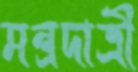
মন্ত্রদাত্রী